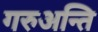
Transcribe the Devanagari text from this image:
गरुअन्ति